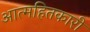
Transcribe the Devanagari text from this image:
आत्महितकारी